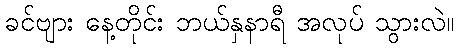
ခင်ဗျား နေ့တိုင်း ဘယ်နှနာရီ အလုပ် သွားလဲ။